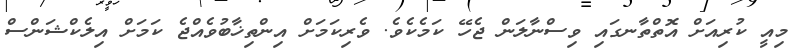
މިއީ ކުރިއަށް އޮތްތާނގައި ވިސްނާލަން ޖެހޭ ކަމެކެވެ. ވެރިކަމަށް އިންތިޚާބުވެއްޖެ ކަމަށް އިލެކްޝަންސް